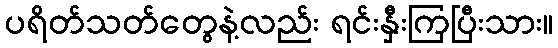
ပရိတ်သတ်တွေနဲ့လည်း ရင်းနှီးကြပြီးသား။